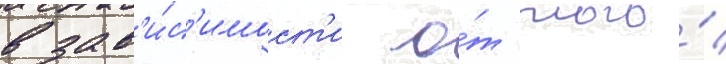
в зав'и́с'имост'и о́т того́